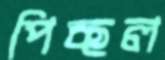
পিচ্ছল